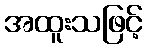
အထူးသဖြင့်